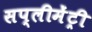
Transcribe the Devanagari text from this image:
सप्लीमेंट्री